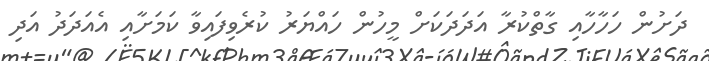
ދަށުން ހަހާހާއި ގާތްކުރާ އަދަދަކަށް މީހުން ހައްޔަރު ކުރެވިފައިވާ ކަމަށާއި އެއަދަދު އަދި